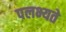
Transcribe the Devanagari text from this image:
पलभ्यते